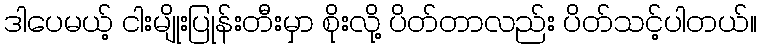
ဒါပေမယ့် ငါးမျိုးပြုန်းတီးမှာ စိုးလို့ ပိတ်တာလည်း ပိတ်သင့်ပါတယ်။